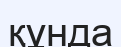
құнда